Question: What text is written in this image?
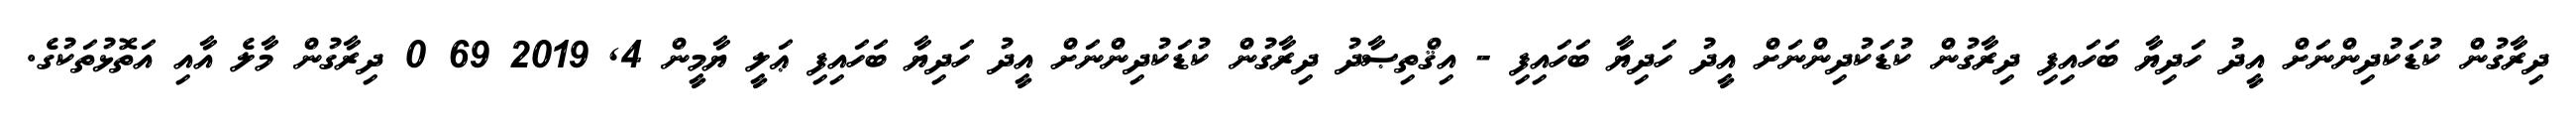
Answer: ދިރާގުން ކުޑަކުދިންނަށް އީދު ހަދިޔާ ބަހައިފި ދިރާގުން ކުޑަކުދިންނަށް އީދު ހަދިޔާ ބަހައިފި - އިޤްތިޞާދު ދިރާގުން ކުޑަކުދިންނަށް އީދު ހަދިޔާ ބަހައިފި ޢަލީ ޔާމީން 4, 2019 69 0 ދިރާގުން މާލެ އާއި އަތޮޅުތަކުގެ.